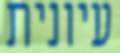
עיונית